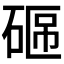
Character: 𥓟